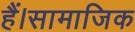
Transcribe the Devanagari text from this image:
हैं।सामाजिक